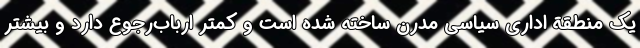
یک منطقة اداری سیاسی مدرن ساخته شده است و کمتر ارباب‌رجوع دارد و بیشتر